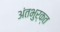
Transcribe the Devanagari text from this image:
अंतभुर्क्त